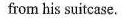
from his suitcase.